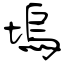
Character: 塢